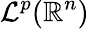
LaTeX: \mathcal{L}^{p}(\mathbb{{R}}^{n})